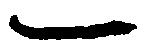
一